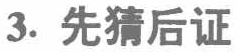
3. 先猜后证